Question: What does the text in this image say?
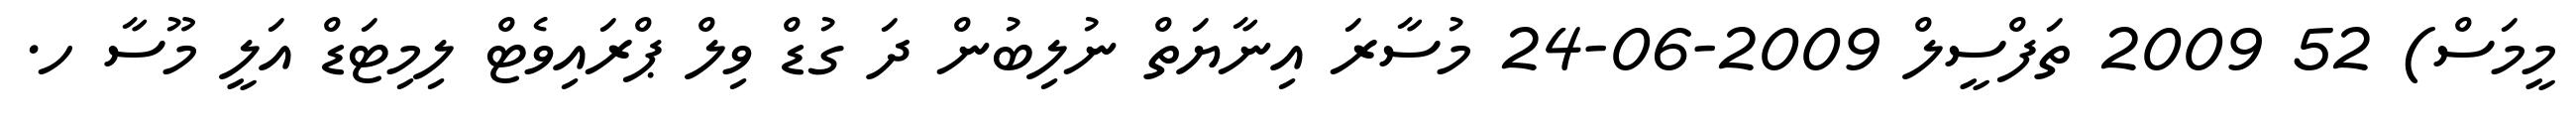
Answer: މީމަސް) 52 2009 ތަފްސީލް 2009-06-24 މުސާރަ އިނާޔަތް ނުލިބުން ދަ ގުޑް ވިލް ޕްރައިވެޓް ލިމިޓަޑް އަލީ މޫސާ ހ.